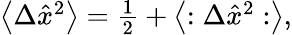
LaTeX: \begin{array}{r}{\left\langle\Delta\hat{x}^{2}\right\rangle=\frac{1}{2}+\left\langle:\Delta\hat{x}^{2}:\right\rangle,}\end{array}